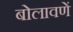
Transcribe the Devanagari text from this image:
बोलावणें